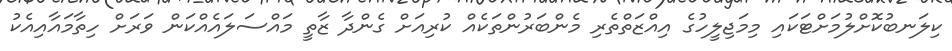
ކިލަނބުކޮށްލުމަށްޓަކައި މިމަޖިލީހުގެ އިއްޒަތްތެރި މެންބަރުންތަކެއް ކުރިއަށް ގެންދާ ޒާތީ މައްސަލައެއްކަން ވަރަށް ހިތާމައާއިއެކު